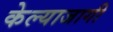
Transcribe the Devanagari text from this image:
केल्याजागी